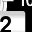
Digit: 2